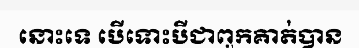
នោះទេ បើទោះបីជាពួកគាត់បាន